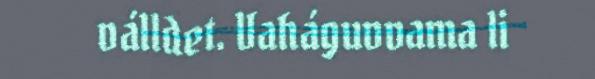
válldet. Vaháguvvama li